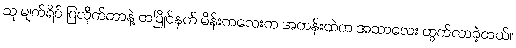
သူ မျက်ရိပ် ပြလိုက်တာနဲ့ တပြိုင်နက် မိန်းကလေးက အတန်းထဲက အသာလေး ထွက်လာခဲ့တယ်။